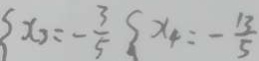
x _ { 3 } = - \frac { 3 } { 5 } x _ { 4 } = - \frac { 1 3 } { 5 }